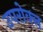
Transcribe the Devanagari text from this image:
उपरोक्त्त